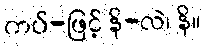
ကပ်-ဖြင့် နိ-လဲ၊ နိ။